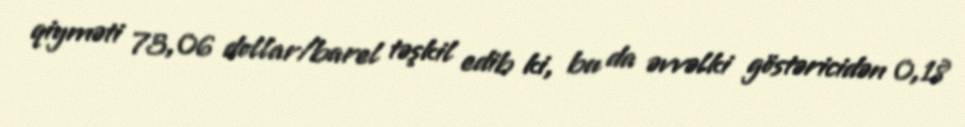
qiyməti 73,06 dollar/barel təşkil edib ki, bu da əvvəlki göstəricidən 0,18